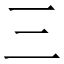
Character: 三